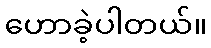
ဟောခဲ့ပါတယ်။